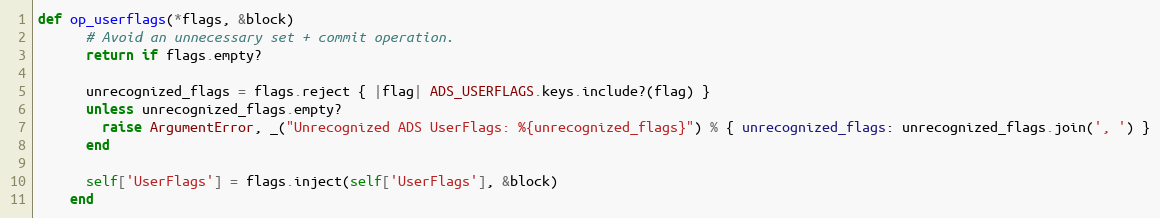
Language: Ruby
def op_userflags(*flags, &block)
      # Avoid an unnecessary set + commit operation.
      return if flags.empty?

      unrecognized_flags = flags.reject { |flag| ADS_USERFLAGS.keys.include?(flag) }
      unless unrecognized_flags.empty?
        raise ArgumentError, _("Unrecognized ADS UserFlags: %{unrecognized_flags}") % { unrecognized_flags: unrecognized_flags.join(', ') }
      end

      self['UserFlags'] = flags.inject(self['UserFlags'], &block)
    end